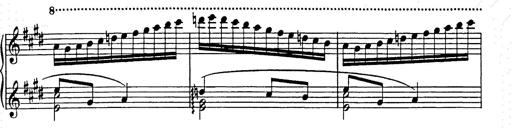
Title: Hungarian Rhapsody No.9
Composer: Franz Liszt
Key: E-flat major